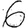
Digit: 6